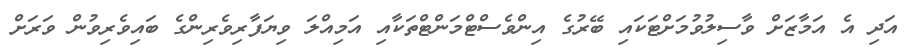
އަދި އެ އަމާޒަށް ވާސިލުވުމަށްޓަކައި ބޭރުގެ އިންވެސްޓްމަންޓްތަކާއި އަމިއްލަ ވިޔަފާރިވެރިންގެ ބައިވެރިވުން ވަރަށް